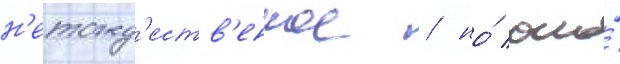
н'етожд'еств'енное / но́ оно́